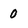
Character: 0